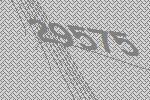
29575